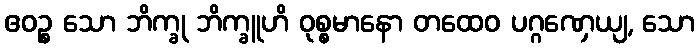
ဧဝဉ္စ သော ဘိက္ခု ဘိက္ခူဟိ ဝုစ္စမာနော တထေဝ ပဂ္ဂဏှေယျ, သော